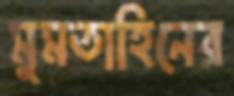
মুমতাহিনের